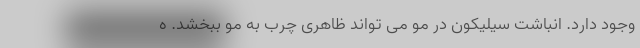
وجود دارد. انباشت سیلیکون در مو می تواند ظاهری چرب به مو ببخشد. ه